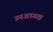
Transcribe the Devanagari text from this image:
उपअध्यक्ष